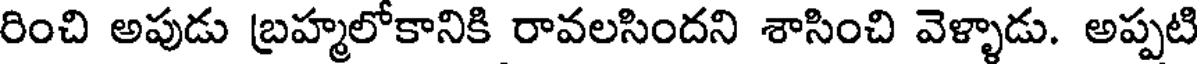
రించి అపుడు బ్రహ్మలోకానికి రావలసిందని శాసించి వెళ్ళాడు. అప్పటి